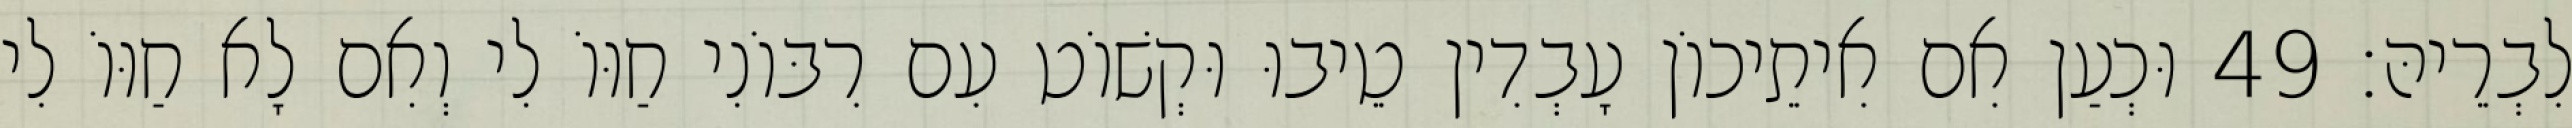
לִבְרֵיהּ׃ 49 וּכְעַן אִם אִיתֵיכוֹן עָבְדִין טֵיבוּ וּקְשׁוֹט עִם רִבּוֹנִי חַוּוֹ לִי וְאִם לָא חַוּוֹ לִי